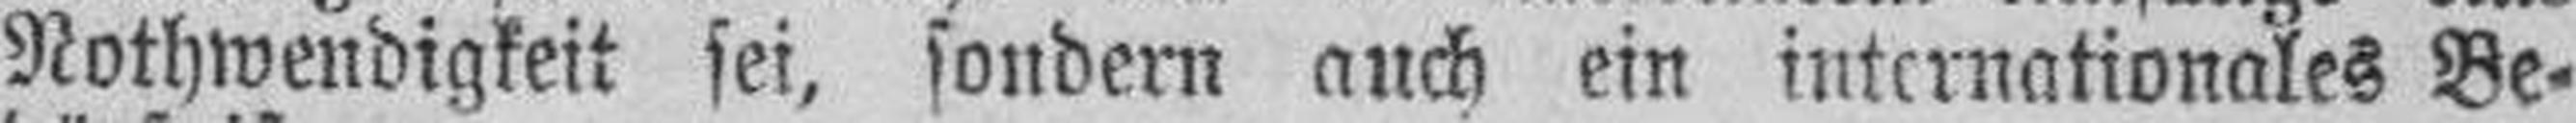
Nothwendigkeit sei, sondern auch ein internationales Be¬